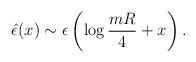
LaTeX: \begin{align*}{\hat\epsilon}(x)\sim\epsilon\left(\log{mR\over{4}}+x\right).\end{align*}